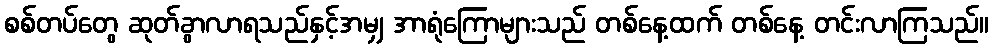
စစ်တပ်တွေ ဆုတ်ခွာလာရသည်နှင့်အမျှ အာရုံကြောများသည် တစ်နေ့ထက် တစ်နေ့ တင်းလာကြသည်။